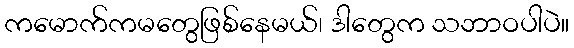
ကမောက်ကမတွေဖြစ်နေမယ်၊ ဒါတွေက သဘာဝပါပဲ။